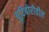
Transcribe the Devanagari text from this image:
बुटिबोरीतील